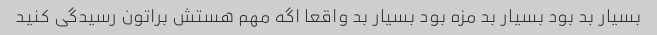
بسیار بد بود بسیار بد مزه بود بسیار بد واقعا اگه مهم هستش براتون رسیدگی کنید